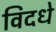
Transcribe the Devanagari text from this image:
विदधे